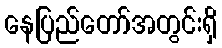
နေပြည်တော်အတွင်းရှိ